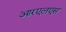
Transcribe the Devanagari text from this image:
आरएलएस